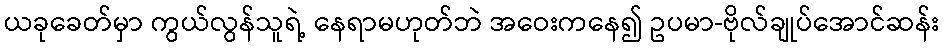
ယခုခေတ်မှာ ကွယ်လွန်သူရဲ့ နေရာမဟုတ်ဘဲ အဝေးကနေ၍ ဥပမာ-ဗိုလ်ချုပ်အောင်ဆန်း